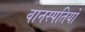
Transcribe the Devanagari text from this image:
वानस्पतियों